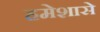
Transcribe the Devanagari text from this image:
हमेशासे